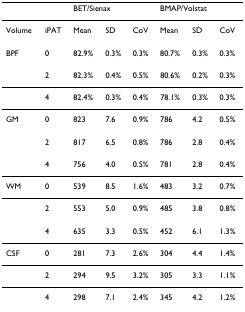
|  |  | <COLSPAN=3> BET/Sienax | <COLSPAN=3> BMAP/Volstat |
 | --- | --- | --- | --- | --- | --- | --- | --- |
 | Volume | iPAT | Mean | SD | CoV | Mean | SD | CoV |
 | BPF | 0 | 82.9% | 0.3% | 0.3% | 80.7% | 0.3% | 0.3% |
 |  | 2 | 82.3% | 0.4% | 0.5% | 80.6% | 0.2% | 0.3% |
 |  | 4 | 82.4% | 0.3% | 0.4% | 78.1% | 0.3% | 0.3% |
 | GM | 0 | 823 | 7.6 | 0.9% | 786 | 4.2 | 0.5% |
 |  | 2 | 817 | 6.5 | 0.8% | 786 | 2.8 | 0.4% |
 |  | 4 | 756 | 4.0 | 0.5% | 781 | 2.8 | 0.4% |
 | WM | 0 | 539 | 8.5 | 1.6% | 483 | 3.2 | 0.7% |
 |  | 2 | 553 | 5.0 | 0.9% | 485 | 3.8 | 0.8% |
 |  | 4 | 635 | 3.3 | 0.5% | 452 | 6.1 | 1.3% |
 | CSF | 0 | 281 | 7.3 | 2.6% | 304 | 4.4 | 1.4% |
 |  | 2 | 294 | 9.5 | 3.2% | 305 | 3.3 | 1.1% |
 |  | 4 | 298 | 7.1 | 2.4% | 345 | 4.2 | 1.2% |